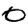
Digit: 0